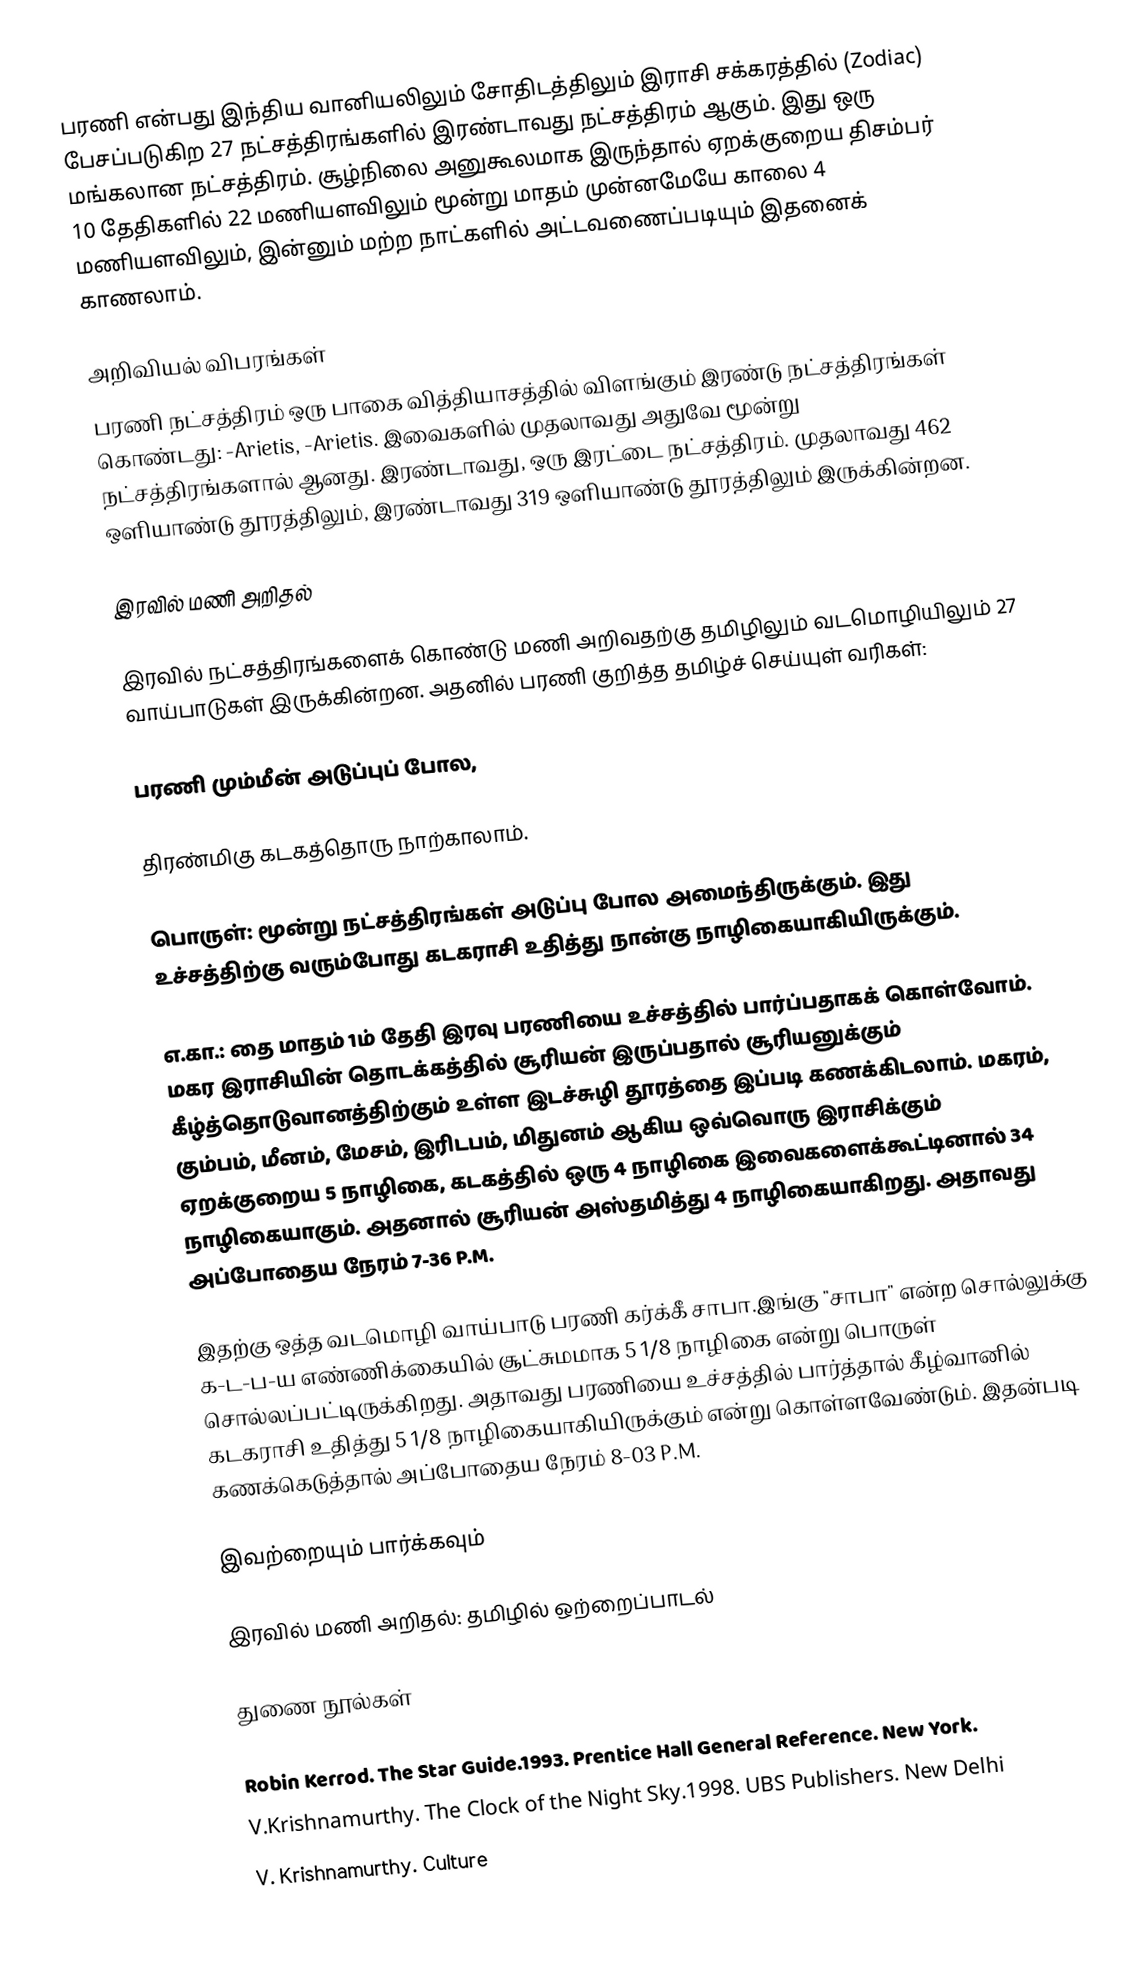
பரணி என்பது இந்திய வானியலிலும் சோதிடத்திலும் இராசி சக்கரத்தில் (Zodiac) பேசப்படுகிற 27 நட்சத்திரங்களில் இரண்டாவது நட்சத்திரம் ஆகும். இது ஒரு மங்கலான நட்சத்திரம். சூழ்நிலை அனுகூலமாக இருந்தால் ஏறக்குறைய திசம்பர் 10 தேதிகளில் 22 மணியளவிலும் மூன்று மாதம் முன்னமேயே காலை 4 மணியளவிலும், இன்னும் மற்ற நாட்களில்  அட்டவணைப்படியும் இதனைக் காணலாம்.

அறிவியல் விபரங்கள்
பரணி நட்சத்திரம் ஒரு பாகை வித்தியாசத்தில் விளங்கும் இரண்டு நட்சத்திரங்கள் கொண்டது:  -Arietis, -Arietis. இவைகளில் முதலாவது அதுவே மூன்று நட்சத்திரங்களால் ஆனது. இரண்டாவது, ஒரு இரட்டை நட்சத்திரம். முதலாவது 462 ஒளியாண்டு தூரத்திலும், இரண்டாவது 319 ஒளியாண்டு தூரத்திலும் இருக்கின்றன.

இரவில் மணி அறிதல்

இரவில் நட்சத்திரங்களைக் கொண்டு மணி அறிவதற்கு தமிழிலும் வடமொழியிலும் 27 வாய்பாடுகள் இருக்கின்றன. அதனில் பரணி குறித்த தமிழ்ச்  செய்யுள் வரிகள்:

பரணி மும்மீன் அடுப்புப் போல,

திரண்மிகு கடகத்தொரு நாற்காலாம்.

பொருள்: மூன்று நட்சத்திரங்கள் அடுப்பு போல அமைந்திருக்கும். இது உச்சத்திற்கு வரும்போது கடகராசி உதித்து நான்கு நாழிகையாகியிருக்கும்.

எ.கா.: தை மாதம் 1ம் தேதி இரவு பரணியை உச்சத்தில் பார்ப்பதாகக் கொள்வோம். மகர இராசியின் தொடக்கத்தில் சூரியன் இருப்பதால் சூரியனுக்கும் கீழ்த்தொடுவானத்திற்கும் உள்ள இடச்சுழி தூரத்தை இப்படி கணக்கிடலாம். மகரம், கும்பம், மீனம், மேசம், இரிடபம், மிதுனம் ஆகிய ஒவ்வொரு இராசிக்கும் ஏறக்குறைய 5 நாழிகை, கடகத்தில் ஒரு 4 நாழிகை இவைகளைக்கூட்டினால் 34 நாழிகையாகும். அதனால் சூரியன் அஸ்தமித்து 4 நாழிகையாகிறது. அதாவது அப்போதைய நேரம் 7-36 P.M.

இதற்கு ஒத்த வடமொழி வாய்பாடு பரணி கர்க்கீ சாபா.இங்கு "சாபா" என்ற சொல்லுக்கு க-ட-ப-ய எண்ணிக்கையில் சூட்சுமமாக 5 1/8 நாழிகை என்று பொருள் சொல்லப்பட்டிருக்கிறது. அதாவது பரணியை உச்சத்தில் பார்த்தால் கீழ்வானில் கடகராசி உதித்து 5 1/8 நாழிகையாகியிருக்கும் என்று கொள்ளவேண்டும்.  இதன்படி கணக்கெடுத்தால் அப்போதைய நேரம் 8-03 P.M.

இவற்றையும் பார்க்கவும்

 இரவில் மணி அறிதல்: தமிழில் ஒற்றைப்பாடல்

துணை நூல்கள்

 Robin Kerrod. The Star Guide.1993. Prentice Hall General Reference.  New York.
 V.Krishnamurthy. The Clock of the Night Sky.1998. UBS Publishers. New Delhi
 V. Krishnamurthy. Culture